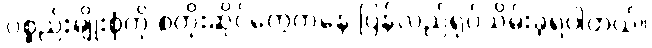
ပစ္စည်းမျိုးစုံကို စတိုးဆိုင်တွေကနေ ပြန်လည်ရုပ်သိမ်းခဲ့ရပါတယ်။